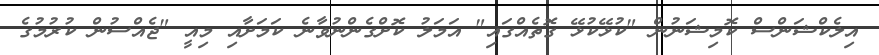
އިލެކްޝަންސް ކޮމިޝަނުން "ކުޅޭކުޅޭ ގޮތެއްގައި" އަމަލު ކޮށްގެންނުވާނެ ކަމަށާއި މިއީ "ޖެއްސުން ކުރުމުގެ